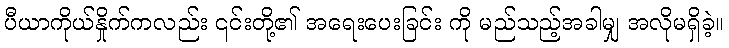
ပီယာကိုယ်နှိုက်ကလည်း ၎င်းတို့၏ အရေးပေးခြင်း ကို မည်သည့်အခါမျှ အလိုမရှိခဲ့။